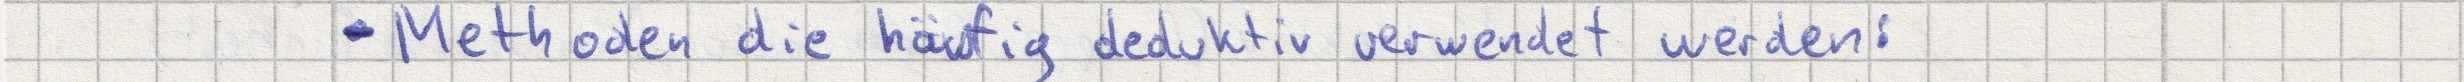
- Methoden die häufig deduktiv verwendet werden: